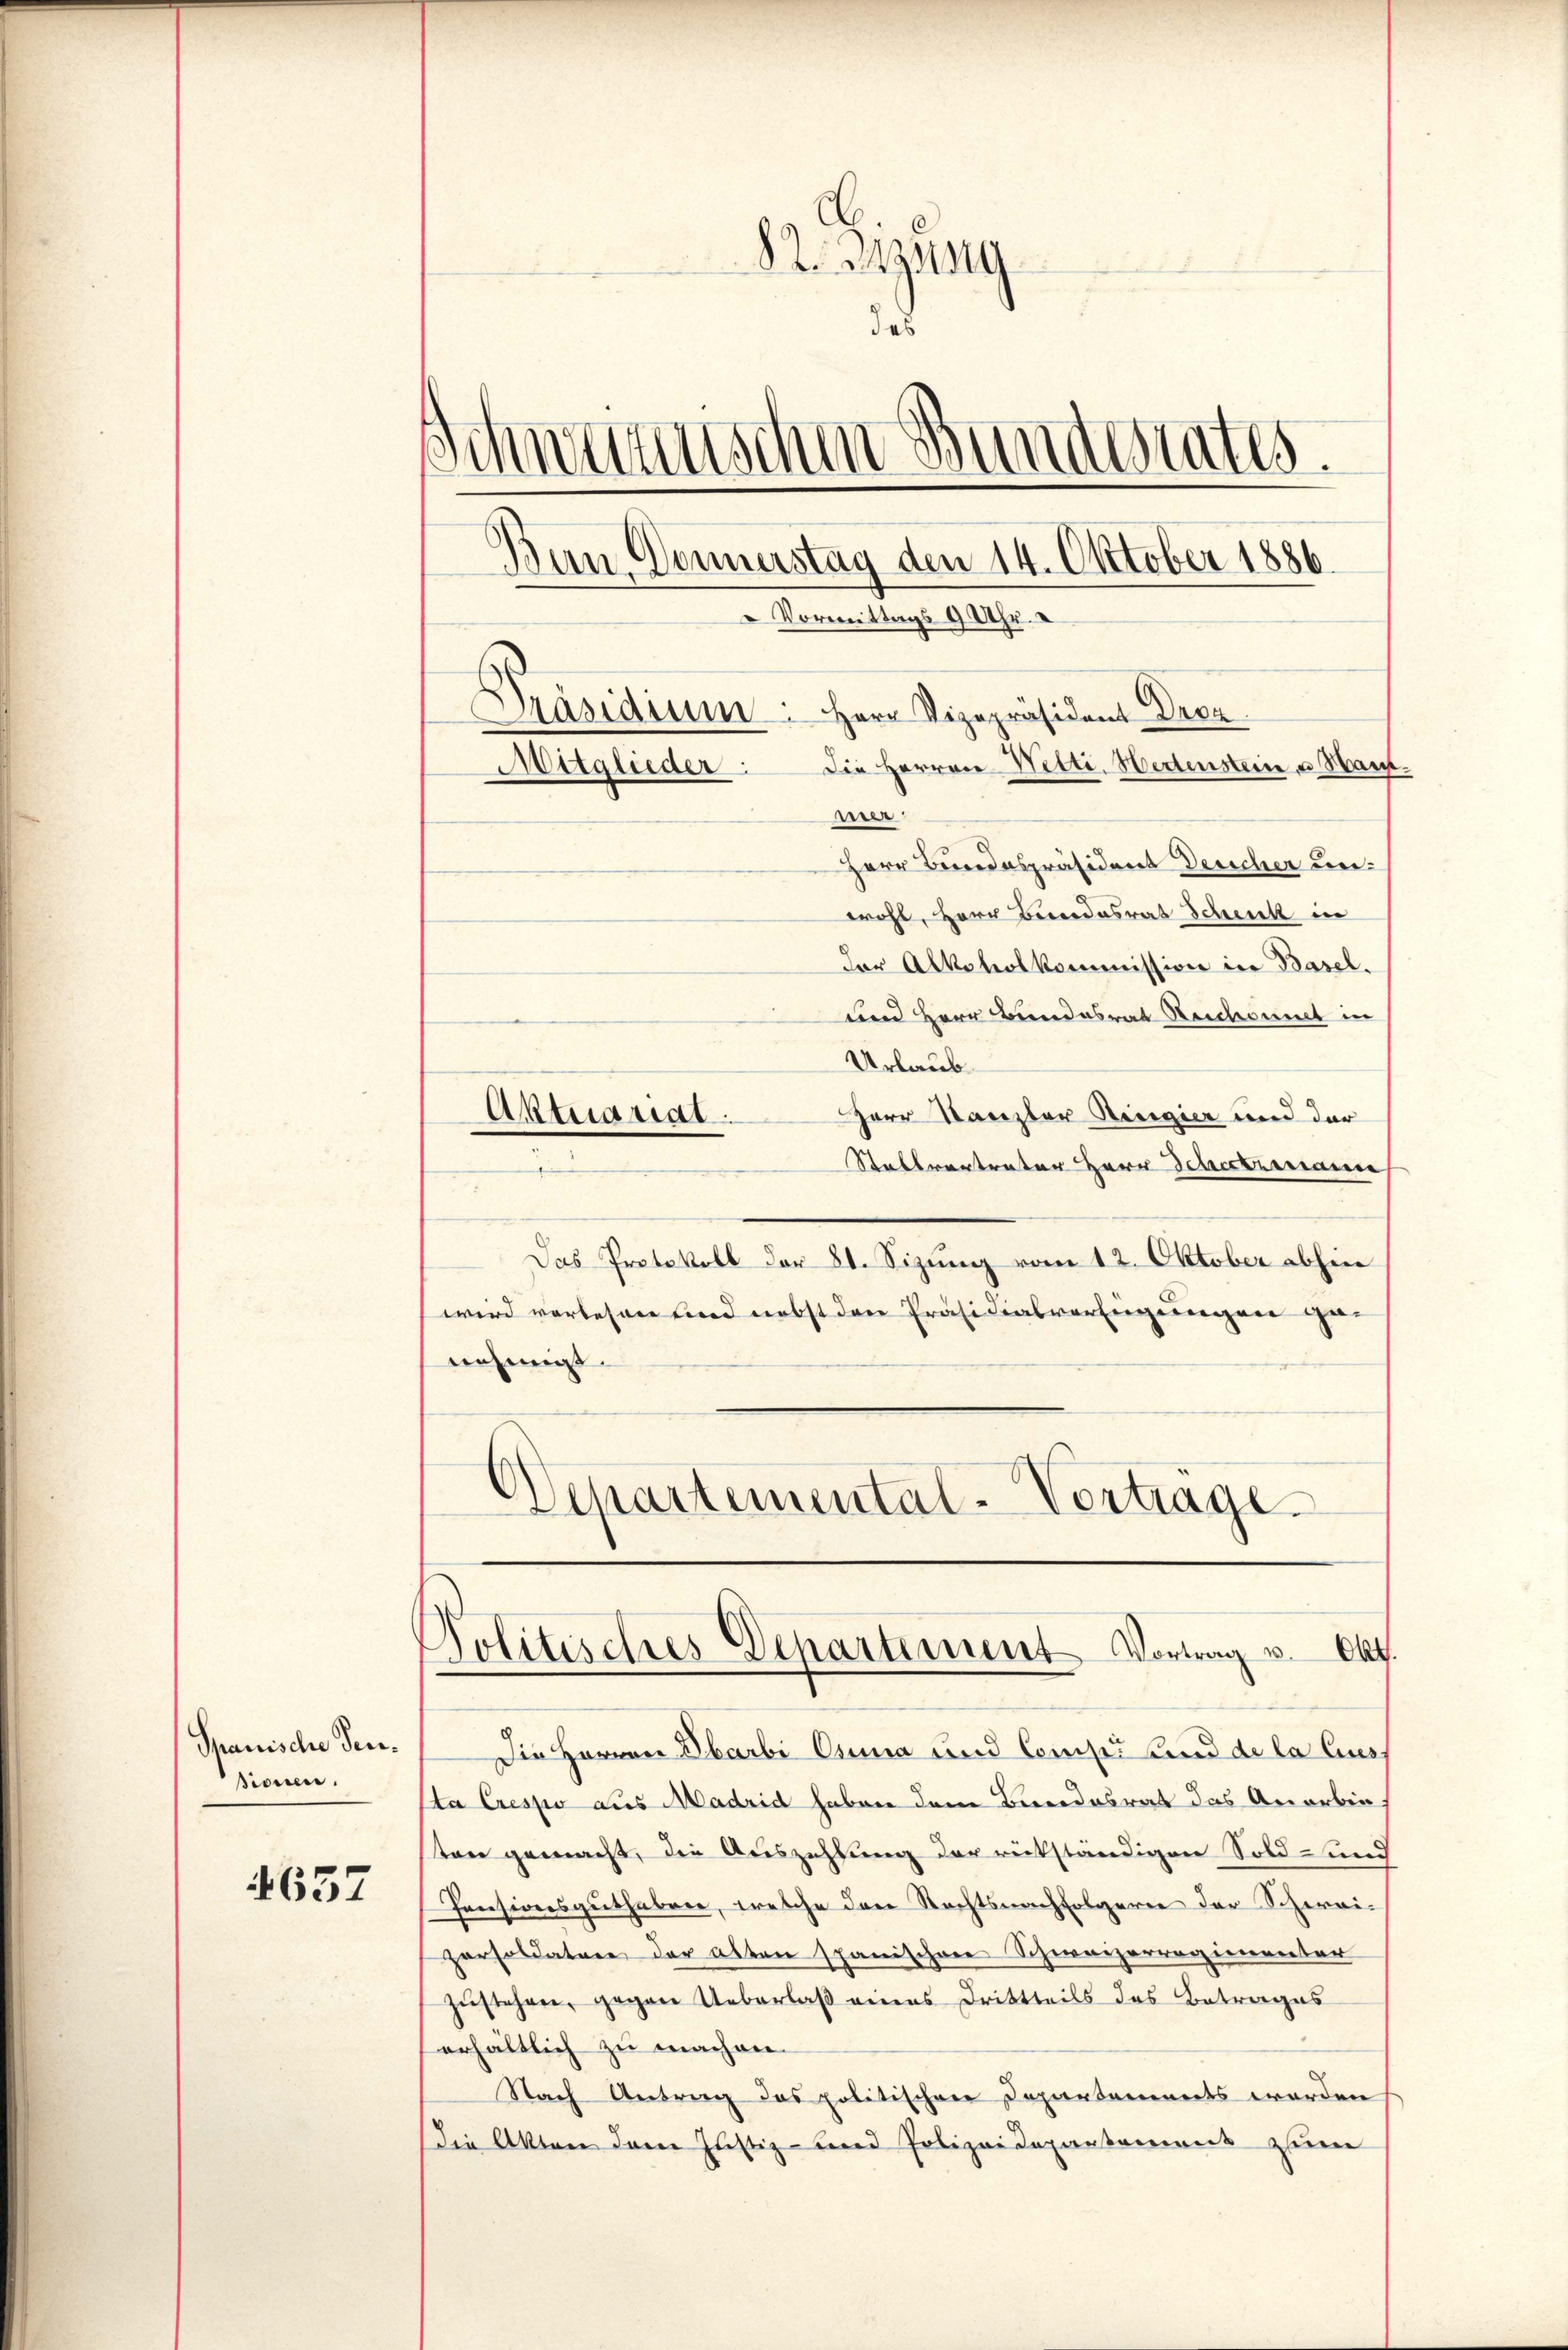
Spanische Sen¬
Bionen.

4657

82. Ding
das
Schwunschen Bundesrates.
Ban Donnerstag den 14. Oktober 1886.
 Vormittags 9 Uhr.
Präsidium. Herr Vizepräsident Droz.
Die Herren Vetti. Hedenstein u. Hant.
Mitglieder
eirer
Herr Bundespräsident Deucher un¬

wohl, Herr Bundesrat Schenk in
der Alkoholkommission in Basel.
uen Herr Bundesrat Reichnet in
Urlaub.
Herr Kanzler Regier und der
Stallvertreter Herr Scheckenance
Das Protokoll der 81. Sizung vom 12. Oktober abhin
wird vorlesen und nebst den Präsidialverfügungen genehmigt.
Departemental-Verträge.

Aktuariat

Politisches Departement Vortrag v. Okt.

Die Herren Obarbi Anna und Compi und de la lus
ta Crespo aus Madrid haben dem Berndesrat das Anerbin
sten gemacht, die Auszahlung der rückständigen Sold- und
Pensionsguthaben, welche den Rechtsnachfolgern der Schweipersoldature der alten spanischen Schweizerregienunter
zŭstehen, gegen Ueberlaβ eines Drittheils des Betrages
erhältlich zu machen.
Nach Antrag das politischen Departements werden
die Akten der Justiz- und Polizeidepartamens zum